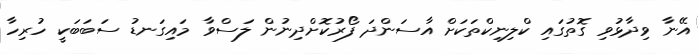
އޭނާ ވިދާޅުވި ގޮތުގައި ކްލިނިކްތަކަށް އާސަންދަ ފޯރުކޮށްދިނުން ލަސްވާ މައިގަނޑު ސަބަބަކީ ހުރިހާ